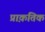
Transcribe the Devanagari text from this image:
प्राक़तिक